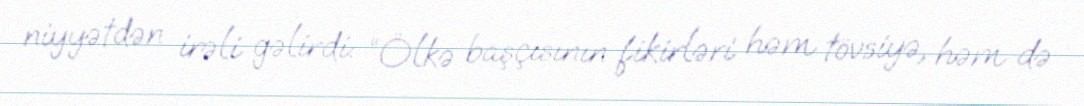
niyyətdən irəli gəlirdi: “Ölkə başçısının fikirləri həm tövsiyə, həm də